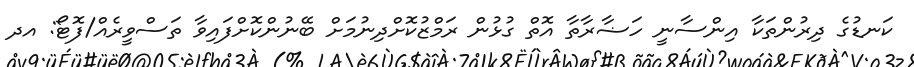
ކަނޑުގެ ދިރުންތަކާ އިންސާނީ ހަޟާރާތާ އޮތް ގުޅުން ރަމްޒުކޮށްދިނުމަށް ބޭނުންކޮށްފައިވާ ތަސްވީރެއް/ފޮޓޯ: އދ